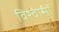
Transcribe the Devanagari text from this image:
विश्वासॉ